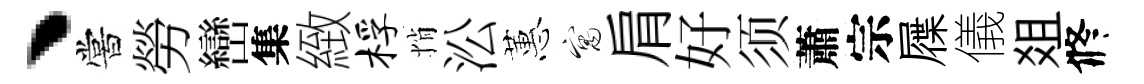
丶嘗勞巒集緻桴悄㳂蕙寓肩好须蕭宗屧儀爼修